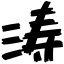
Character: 涛